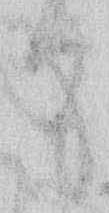
て